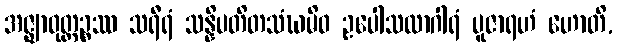
အဇ္ဈာဝုတ္ထဉ္စဿ သရီရံ သန္နိပတိတသံဃမိဝ ဥပေါသထာဂါရံ ပူဇာရဟံ ဟောတိ,